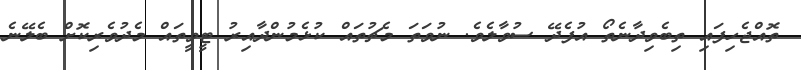
ތޮއްޖެހިފައި ތިބެވިދާނެތޯ އުފެދޭ ސުވާލެވެ. ނުވަތަ މެޗުތައް ކުޅެމުންދާއިރު ޓީވީތައް މެދުވެރިކޮށް ބެލޭނެ